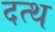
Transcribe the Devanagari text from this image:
दत्थ